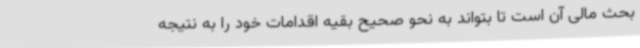
بحث مالی آن است تا بتواند به نحو صحیح بقیه اقدامات خود را به نتیجه